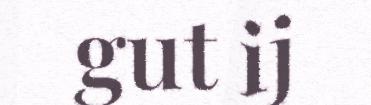
gut ij